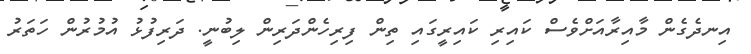
އިނދެގެން މާއިރާއަށްވެސް ކައިރި ކައިރީގައި ތިން ފިރިހެންދަރިން ލިބުނީ. ދަރިފުޅު އުމުރުން ހަތަރު